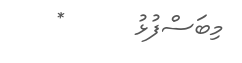
މިބަސްފުޅު      *